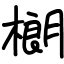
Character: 樃